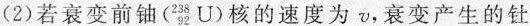
(2)若衰变前铀(^{238}_{92}U)核的速度为v，衰变产生的钍